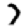
Digit: 7